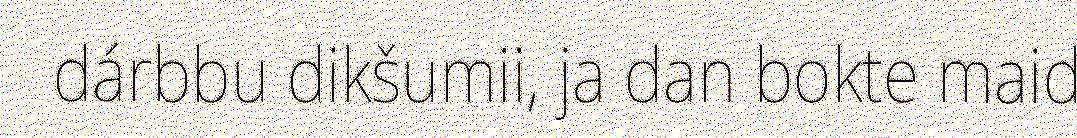
dárbbu dikšumii, ja dan bokte maid